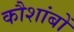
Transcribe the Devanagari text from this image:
कौशांबों